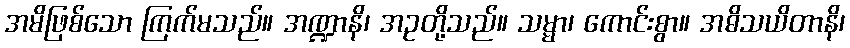
အမိဖြစ်သော ကြက်မသည်။ အဏ္ဍာနိ၊ အဥတို့သည်။ သမ္မာ၊ ကောင်းစွာ။ အဓိသယိတာနိ၊